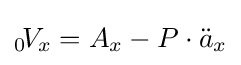
{}_{0}\!V_{x}=A_{x}-P\cdot {\ddot {a}}_{x}